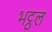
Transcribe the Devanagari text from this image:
भट्ठल